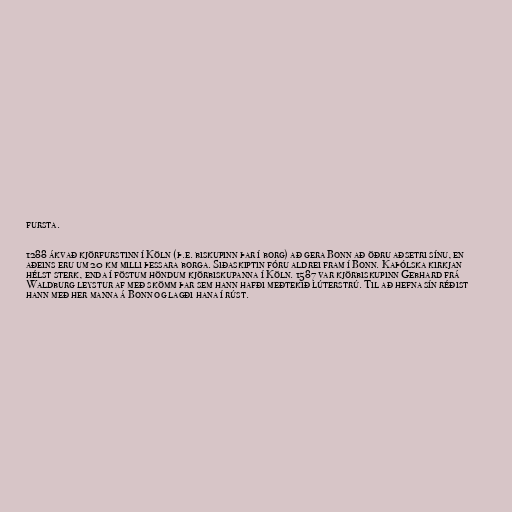
fursta.

1288 ákvað kjörfurstinn í Köln (þ.e. biskupinn þar í borg) að gera Bonn að öðru aðsetri sínu, en
aðeins eru um 20 km milli þessara borga. Siðaskiptin fóru aldrei fram í Bonn. Kaþólska kirkjan
hélst sterk, enda í föstum höndum kjörbiskupanna í Köln. 1587 var kjörbiskupinn Gebhard frá
Waldburg leystur af með skömm þar sem hann hafði meðtekið lúterstrú. Til að hefna sín réðist
hann með her manna á Bonn og lagði hana í rúst.